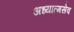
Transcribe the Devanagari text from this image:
अध्यात्मसेव